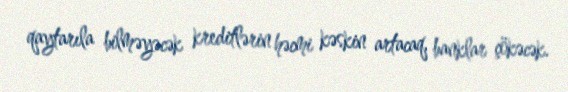
qaytarıla bilməyəcək kreditlərin həcmi kəskin artacaq, banklar çökəcək.